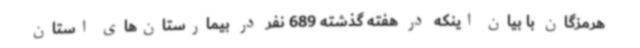
هرمزگان با بیان اینکه در هفته گذشته 689 نفر در بیمارستان‌های استان